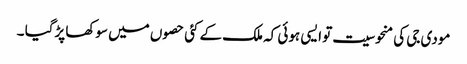
مودی جی کی منحوسیت تو ایسی ہوئی کہ ملک کے کئی حصوں میں سوکھا پڑگیا ۔